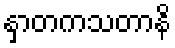
နှာတကသတာနိ